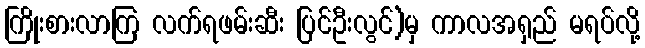
ကြိုးစားလာကြ လက်ရဖမ်းဆီး ပြင်ဦးလွင်)မှ ကာလအရှည် မရပ်လို့